DOW-UAP-D49, Launch Summary, Vandenberg AFB, 2000
Agency: Department of War
Incident date: 2/3/00
Page 11
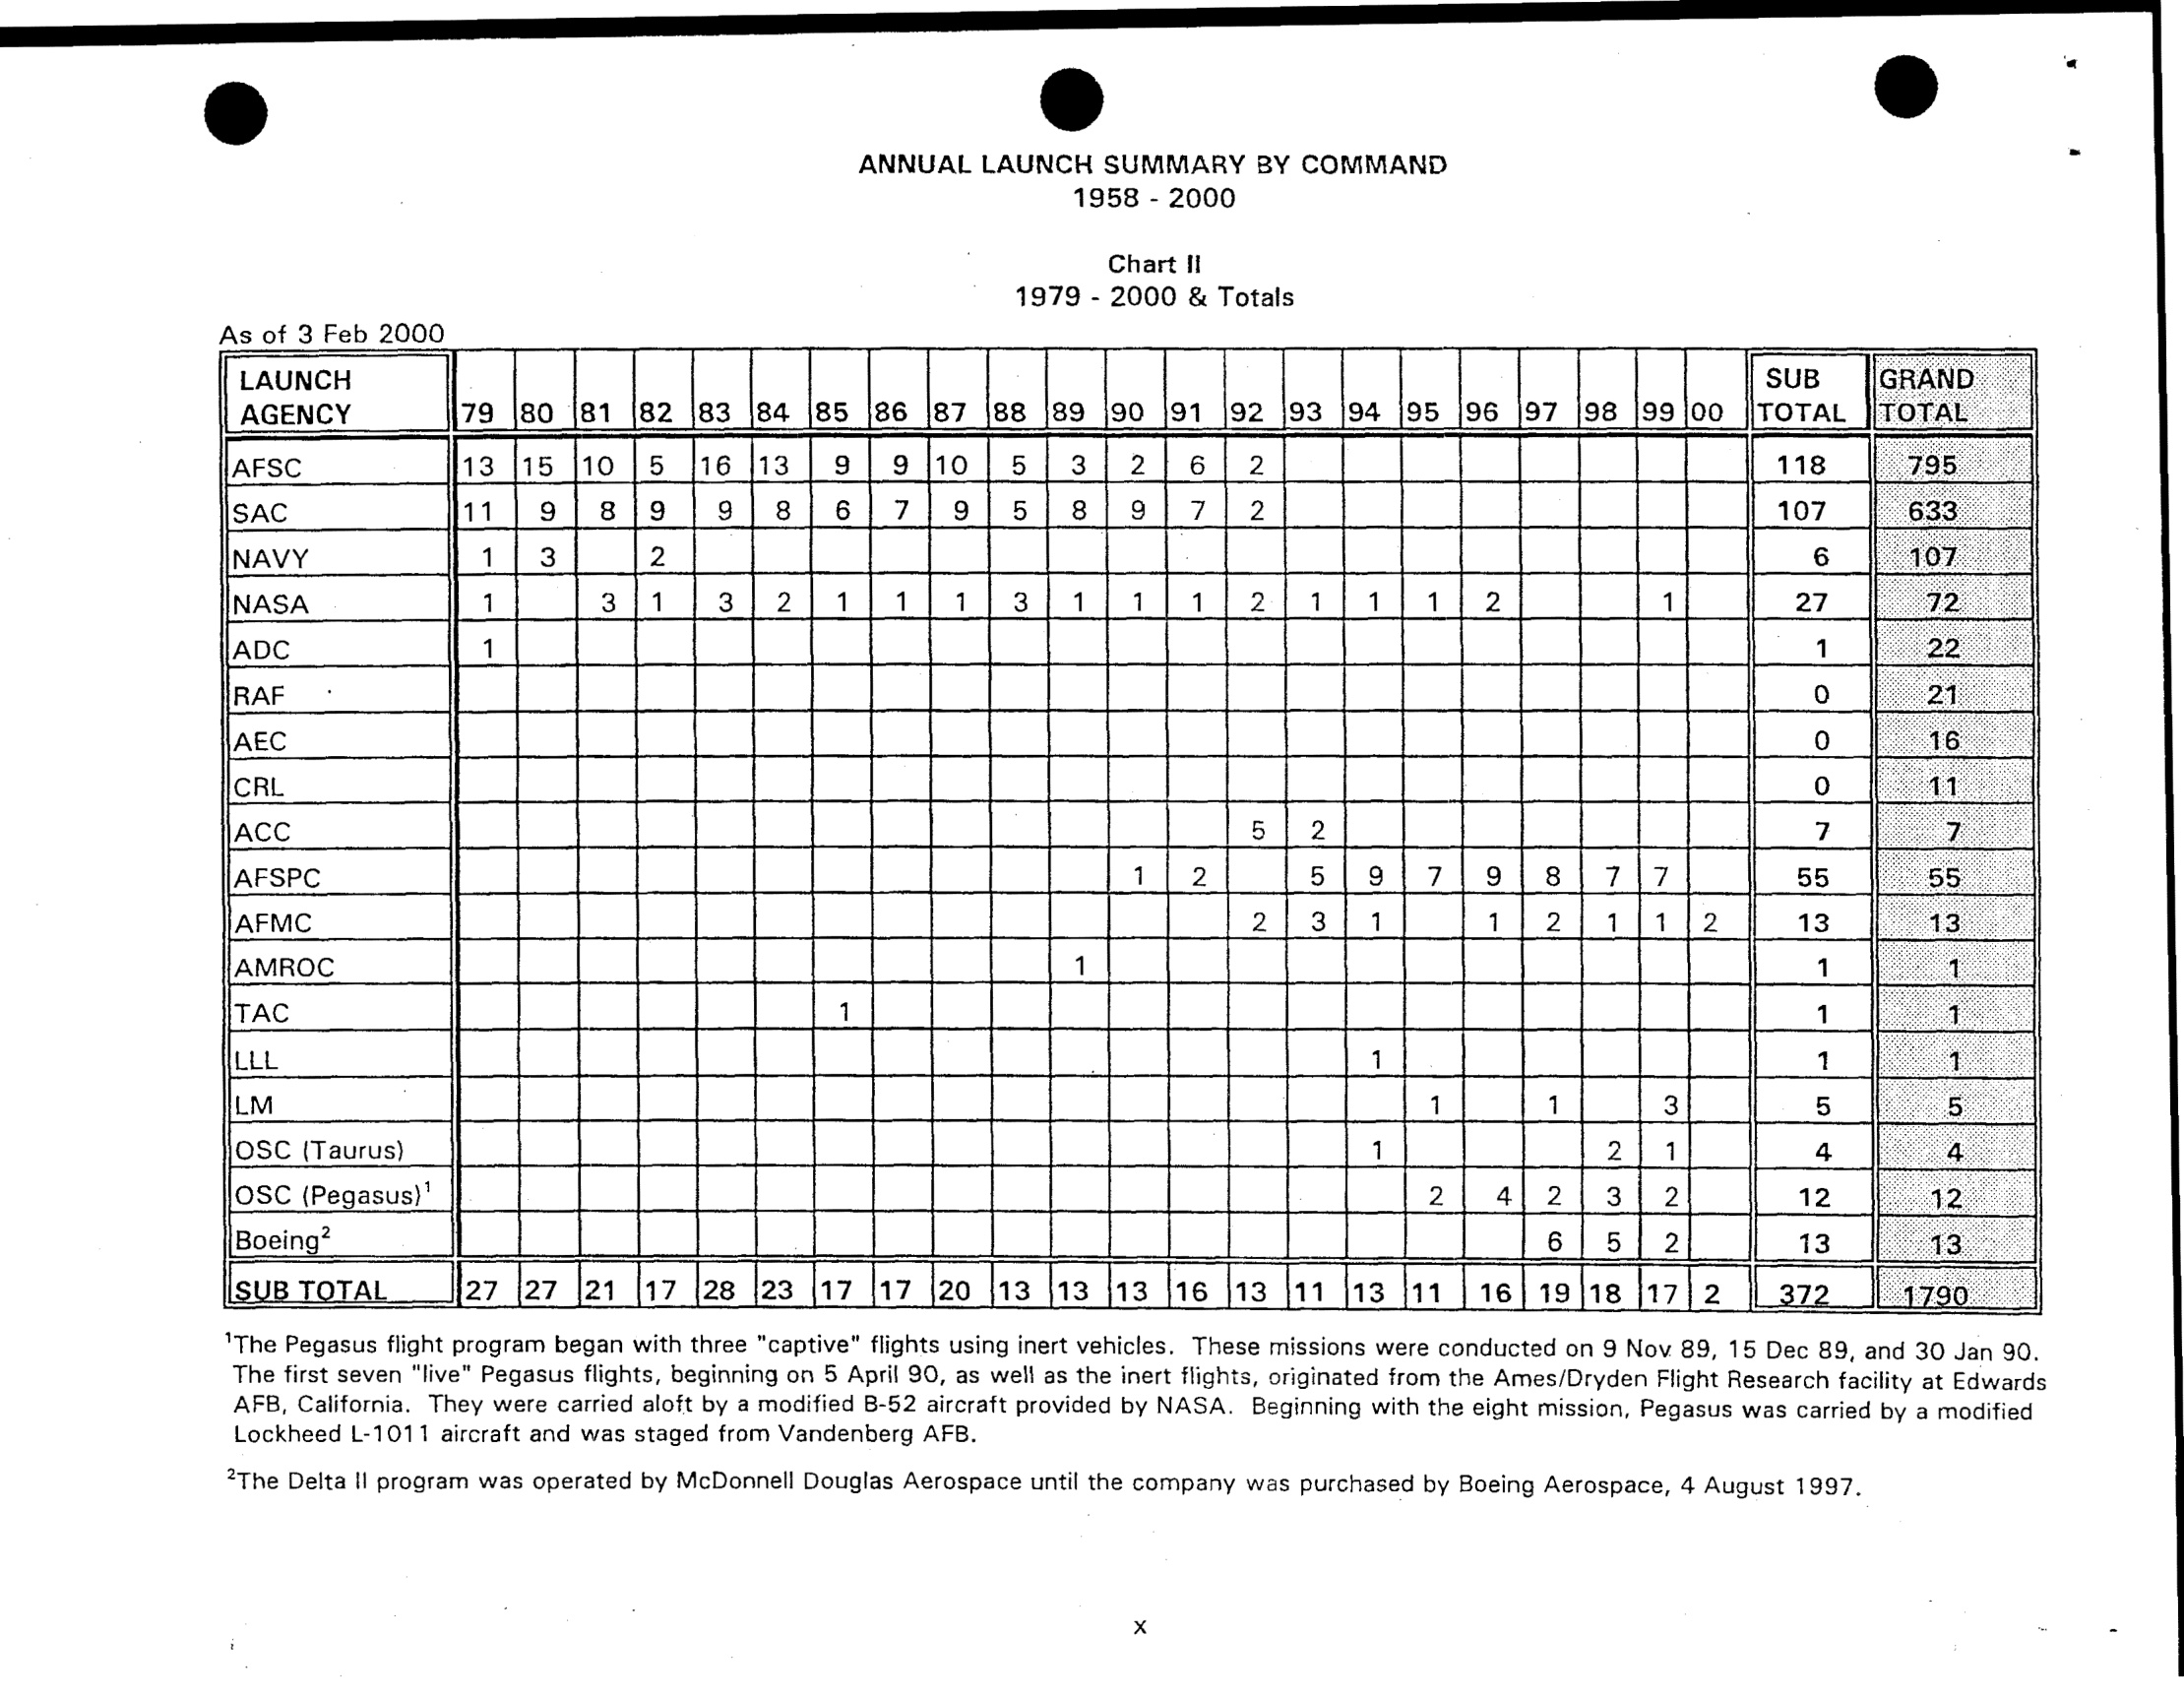